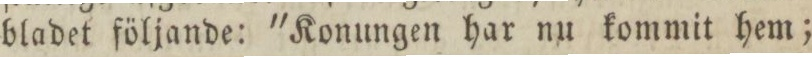
bladet följande: 'Konungen har nu kommit hem;